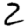
Digit: 2